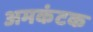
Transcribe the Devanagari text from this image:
अमकंटक